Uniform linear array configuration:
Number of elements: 8
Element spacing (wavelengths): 0.75
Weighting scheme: uniform
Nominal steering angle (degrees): -45
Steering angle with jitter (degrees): -43.605
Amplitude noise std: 0.05
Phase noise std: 0.05

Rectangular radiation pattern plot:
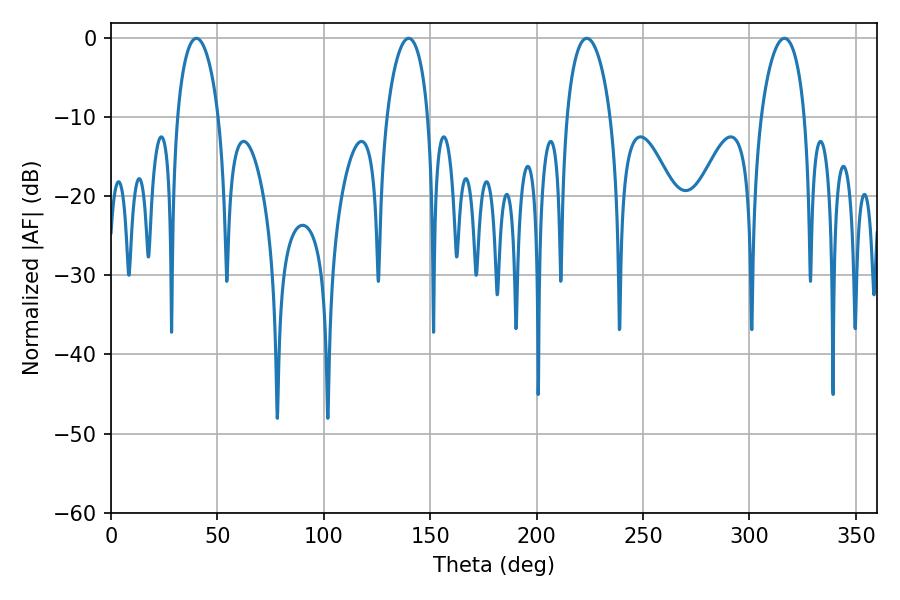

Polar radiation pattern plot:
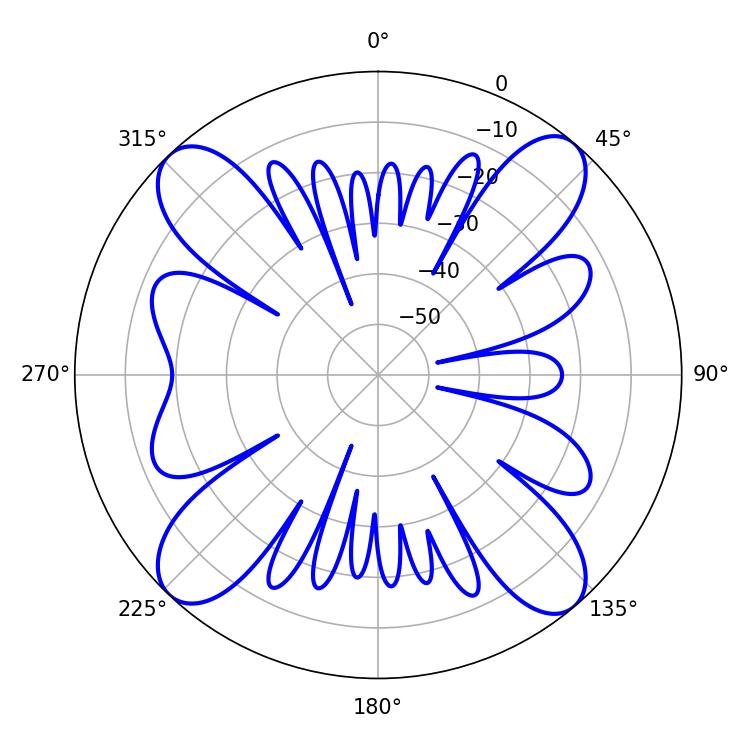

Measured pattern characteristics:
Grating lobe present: TRUE
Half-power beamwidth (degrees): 11.7
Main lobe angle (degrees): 223.56